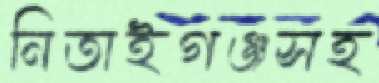
নিতাইগঞ্জসহ